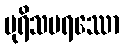
ပုရိသပရဿော